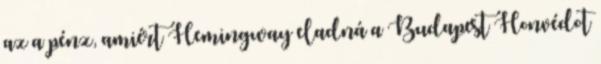
az a pénz, amiért Hemingway eladná a Budapest Honvédot